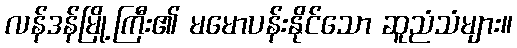
လန်ဒန်မြို့ကြီး၏ မမောပန်းနိုင်သော ဆူညံသံများ။